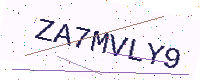
Text: ZA7MVLY9